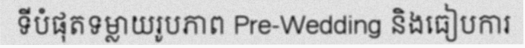
ទីបំផុតទម្លាយរូបភាព Pre-Wedding និងធៀបការ